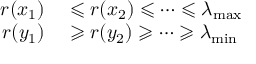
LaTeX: \begin{array} { r l } { r ( x _ { 1 } ) } & { { } \leqslant r ( x _ { 2 } ) \leqslant \cdots \leqslant \lambda _ { \operatorname* { m a x } } } \\ { r ( y _ { 1 } ) } & { { } \geqslant r ( y _ { 2 } ) \geqslant \cdots \geqslant \lambda _ { \operatorname* { m i n } } } \end{array}